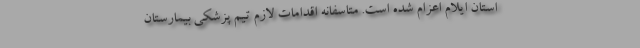
استان ایلام اعزام شده است. متاسفانه اقدامات لازم تیم پزشکی بیمارستان